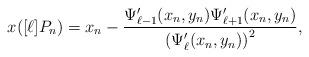
LaTeX: \begin{align*}x([\ell]P_n) = x_n - \frac{\Psi_{\ell-1}^\prime (x_n,y_n) \Psi_{\ell+1}^\prime (x_n,y_n)}{\left ( \Psi_\ell^\prime (x_n,y_n)\right)^2},\end{align*}